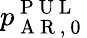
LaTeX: p_{\mathrm{~A~R~,~0~}}^{\mathrm{~P~U~L~}}